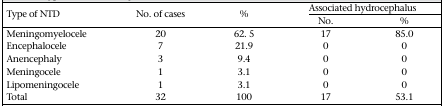
<table><thead><tr><td rowspan="2"><b>Type of NTD</b></td><td rowspan="2"><b>No. of cases</b></td><td rowspan="2"><b>%</b></td><td colspan="2"><b>Associated hydrocephalus</b></td></tr><tr><td><b>No.</b></td><td><b>%</b></td></tr></thead><tbody><tr><td>Meningomyelocele</td><td>20</td><td>62. 5</td><td>17</td><td>85.0</td></tr><tr><td>Encephalocele</td><td>7</td><td>21.9</td><td>0</td><td>0</td></tr><tr><td>Anencephaly</td><td>3</td><td>9.4</td><td>0</td><td>0</td></tr><tr><td>Meningocele</td><td>1</td><td>3.1</td><td>0</td><td>0</td></tr><tr><td>Lipomeningocele</td><td>1</td><td>3.1</td><td>0</td><td>0</td></tr><tr><td>Total</td><td>32</td><td>100</td><td>17</td><td>53.1</td></tr></tbody></table>